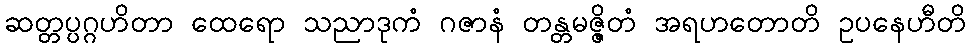
ဆတ္တပ္ပဂ္ဂဟိတာ ထေရော သညာဒုကံ ဂဇာနံ တန္တမဇ္ဇိတံ အရဟတောတိ ဥပနေဟီတိ